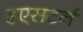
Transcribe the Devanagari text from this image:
इएसटर्न